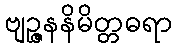
ဗျဉ္ဇနနိမိတ္တဓရာ